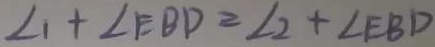
\angle 1 + \angle E B D = \angle 2 + \angle E B D